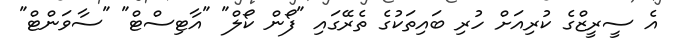
އެ ސީރީޒްގެ ކުރިއަށް ހުރި ބައިތަކުގެ ތެރޭގައި "ފޯން ކޯލް" "އާޓިސްޓް" "ސާވަންޓް"